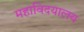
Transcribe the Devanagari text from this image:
महाविदयालय